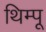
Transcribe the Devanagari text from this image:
थिम्पू